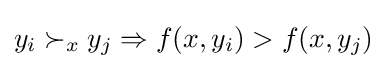
y_{i}\succ _{x}y_{j}\Rightarrow f(x,y_{i})>f(x,y_{j})\,\!